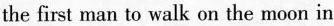
the first man to walk on the moon in